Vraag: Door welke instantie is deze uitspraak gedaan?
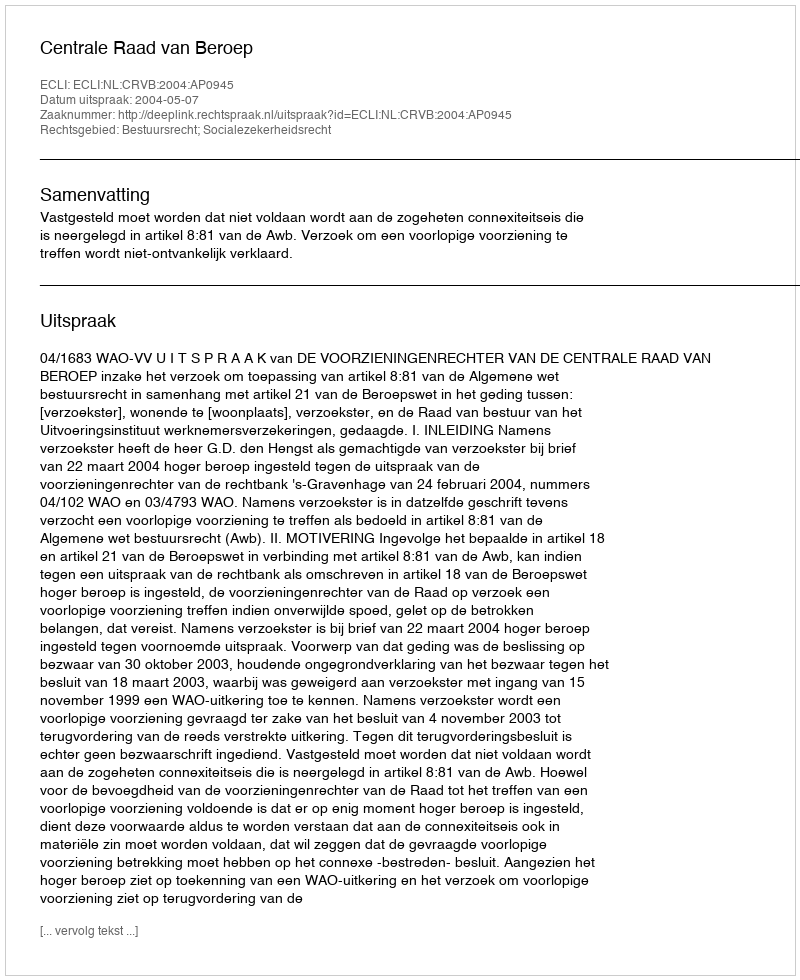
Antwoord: Centrale Raad van Beroep